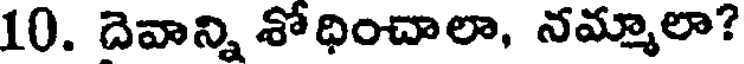
10. దెవాన్ని శోధించాలా, నమ్మాలా?